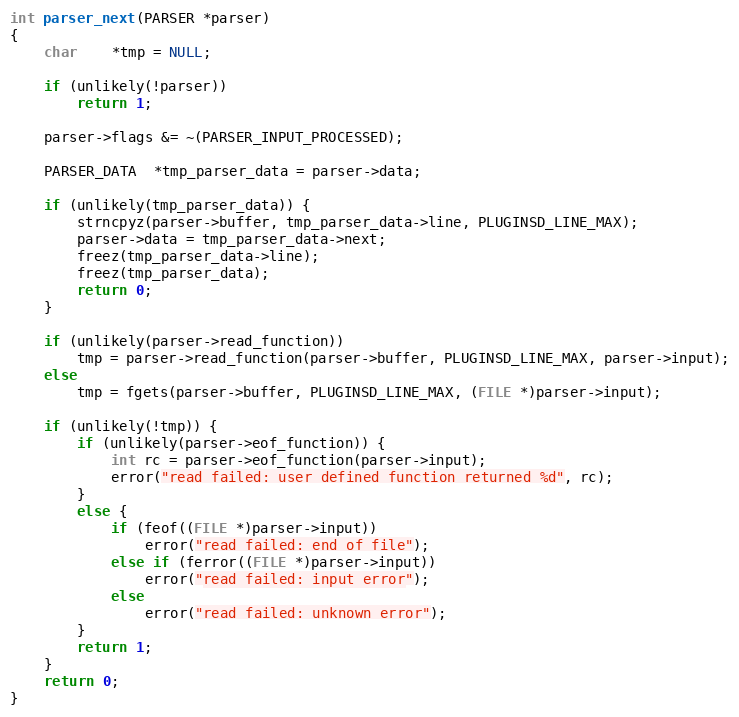
Language: C
int parser_next(PARSER *parser)
{
    char    *tmp = NULL;

    if (unlikely(!parser))
        return 1;

    parser->flags &= ~(PARSER_INPUT_PROCESSED);

    PARSER_DATA  *tmp_parser_data = parser->data;

    if (unlikely(tmp_parser_data)) {
        strncpyz(parser->buffer, tmp_parser_data->line, PLUGINSD_LINE_MAX);
        parser->data = tmp_parser_data->next;
        freez(tmp_parser_data->line);
        freez(tmp_parser_data);
        return 0;
    }

    if (unlikely(parser->read_function))
        tmp = parser->read_function(parser->buffer, PLUGINSD_LINE_MAX, parser->input);
    else
        tmp = fgets(parser->buffer, PLUGINSD_LINE_MAX, (FILE *)parser->input);

    if (unlikely(!tmp)) {
        if (unlikely(parser->eof_function)) {
            int rc = parser->eof_function(parser->input);
            error("read failed: user defined function returned %d", rc);
        }
        else {
            if (feof((FILE *)parser->input))
                error("read failed: end of file");
            else if (ferror((FILE *)parser->input))
                error("read failed: input error");
            else
                error("read failed: unknown error");
        }
        return 1;
    }
    return 0;
}